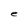
Character: e